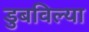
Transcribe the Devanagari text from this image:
डुबविल्या